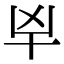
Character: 𰅱